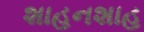
શાહનશાહ